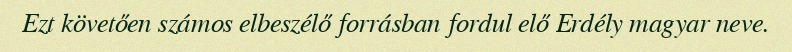
Ezt követően számos elbeszélő forrásban fordul elő Erdély magyar neve.